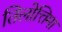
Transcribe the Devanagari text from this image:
तिलोत्तिमा